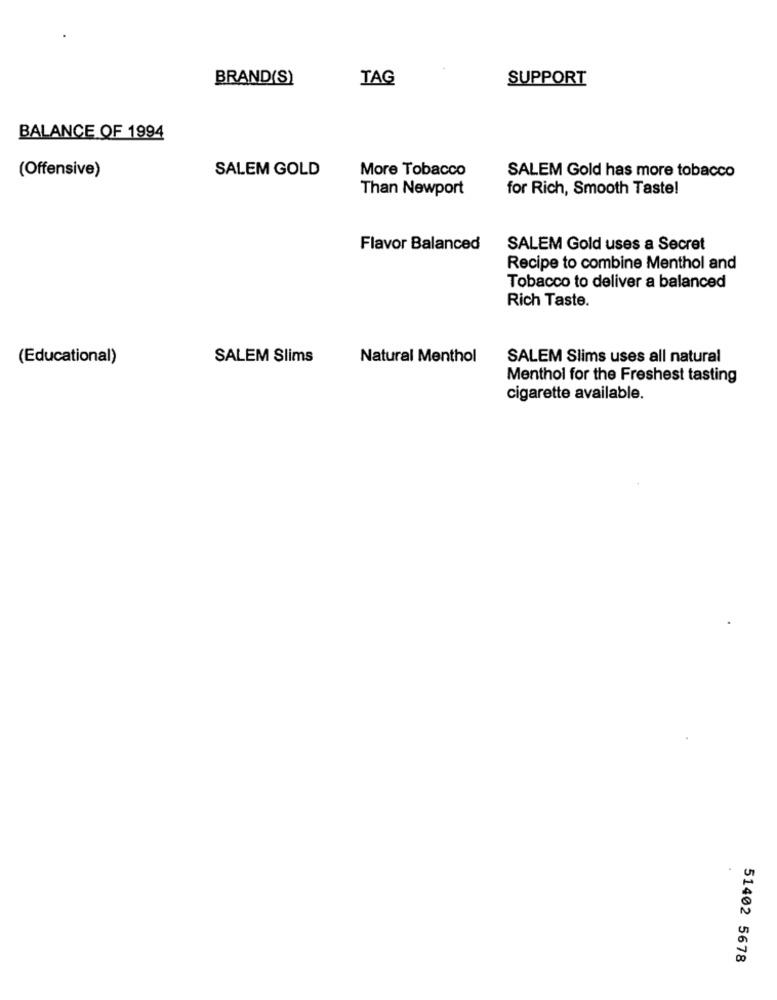
BRAND(S)
TAG
SUPPORT
BALANCE OF 1994
(Offensive)
SALEM GOLD
More Tobacco
SALEM Gold has more tobacco
Than Newport
for Rich, Smooth Taste!
Flavor Balanced
SALEM Gold uses a Secret
Recipe to combine Menthol and
Tobacco to deliver a balanced
Rich Taste.
(Educational)
SALEM Slims
Natural Menthol
SALEM Slims uses all natural
Menthol for the Freshest tasting
cigarette available.
51402 5678